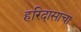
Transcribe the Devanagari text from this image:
हरिदासाचा